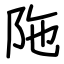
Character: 陁